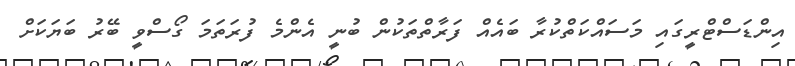
އިންޑަސްޓްރީގައި މަސައްކަތްކުރާ ބައެއް ފަރާތްތަކުން ބުނީ އެންމެ ފުރަތަމަ ގޯސްވީ ބޭރު ބަޔަކަށް